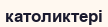
католиктері